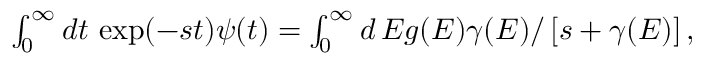
\begin{array} { r } { \int _ { 0 } ^ { \infty } d t \, \exp ( - s t ) \psi ( t ) = \int _ { 0 } ^ { \infty } d \, E g ( E ) \gamma ( E ) / \left[ s + \gamma ( E ) \right] , } \end{array}